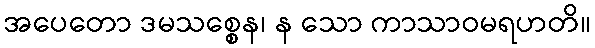
အပေတော ဒမသစ္စေန၊ န သော ကာသာဝမရဟတိ။